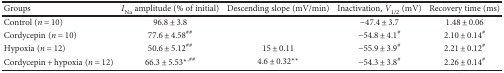
<table><thead><tr><td><b>Groups</b></td><td><b><i>I</i><sub>Na</sub> amplitude (% of initial)</b></td><td><b>Descending slope (mV/min)</b></td><td><b>Inactivation, <i>V</i><sub>1/2</sub> (mV)</b></td><td><b>Recovery time (ms)</b></td></tr></thead><tbody><tr><td>Control (<i>n</i> = 10)</td><td>96.8 ± 3.8</td><td></td><td>−47.4 ± 3.7</td><td>1.48 ± 0.06</td></tr><tr><td>Cordycepin (<i>n</i> = 10)</td><td>77.6 ± 4.58<sup>##</sup></td><td></td><td>−54.8 ± 4.1<sup>#</sup></td><td>2.10 ± 0.14<sup>#</sup></td></tr><tr><td>Hypoxia (<i>n</i> = 12)</td><td>50.6 ± 5.12<sup>##</sup></td><td>15 ± 0.11</td><td>−55.9 ± 3.9<sup>#</sup></td><td>2.21 ± 0.12<sup>#</sup></td></tr><tr><td>Cordycepin + hypoxia (<i>n</i> = 12)</td><td>66.3 ± 5.53<sup>∗</sup><sup>,##</sup></td><td>4.6 ± 0.32<sup>∗∗</sup></td><td>−54.3 ± 3.8<sup>#</sup></td><td>2.26 ± 0.14<sup>#</sup></td></tr></tbody></table>